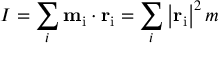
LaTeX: I = \sum _ { i } \mathbf { m } _ { \mathrm { i } } \cdot \mathbf { r } _ { \mathrm { i } } = \sum _ { i } \left| \mathbf { r } _ { \mathrm { i } } \right| ^ { 2 } m